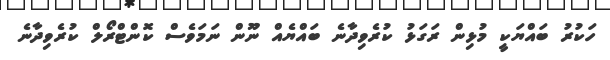
ހަކުރު ބައްޔަކީ މުޅިން ރަގަޅު ކުރެވިދާނެ ބައްޔެއް ނޫން ނަމަވެސް ކޮންޓްރޯލް ކުރެވިދާނެ